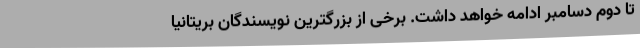
تا دوم دسامبر ادامه خواهد داشت. برخی از بزرگترین نویسندگان بریتانیا